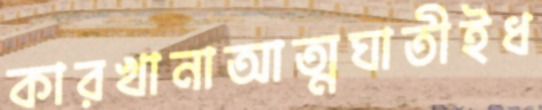
কারখানাআত্মঘাতীইধ